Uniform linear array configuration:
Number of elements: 4
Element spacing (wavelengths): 1
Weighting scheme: hamming
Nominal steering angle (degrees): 45
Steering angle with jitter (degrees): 46.567
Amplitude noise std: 0.05
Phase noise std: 0.05

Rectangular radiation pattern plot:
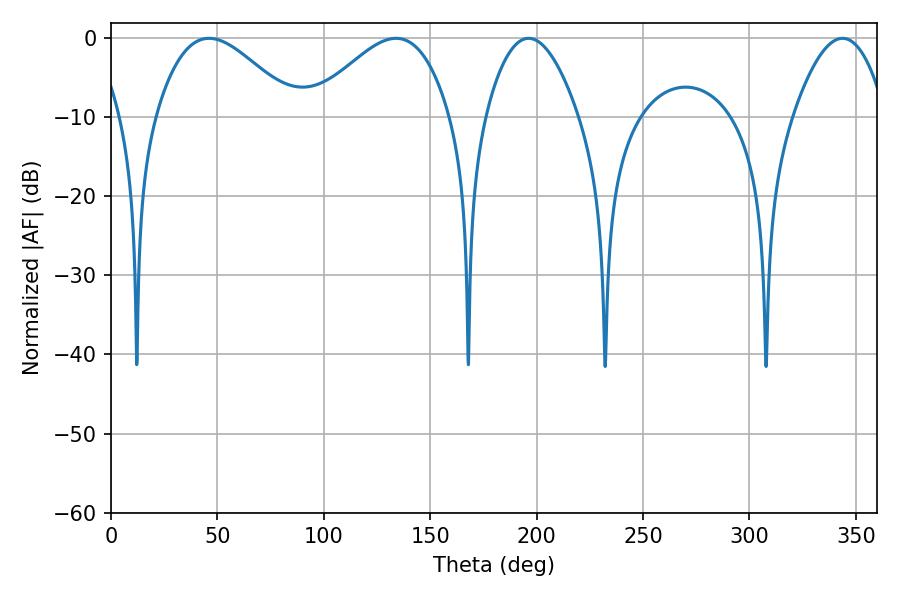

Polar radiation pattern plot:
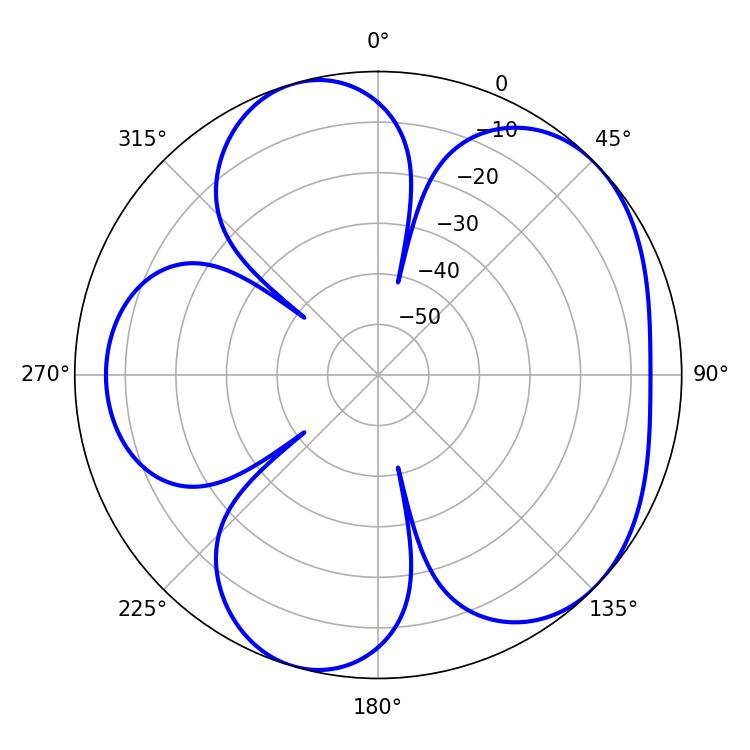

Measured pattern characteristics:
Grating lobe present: TRUE
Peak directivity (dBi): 5.098
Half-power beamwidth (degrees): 35.28
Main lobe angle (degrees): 46.08